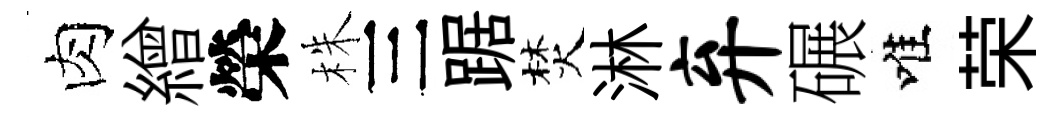
肉繒榮株三踞焚淋弃碾唯荣